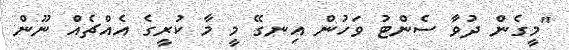
"މީގެން ދުވާ ސެންޓު ވަހުން އިނގޭ މީ މާ ކުރީގެ އެއްޗެއް ނޫން